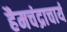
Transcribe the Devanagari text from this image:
हैमचंद्राचार्य